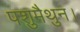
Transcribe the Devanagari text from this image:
पशुमैथुन।